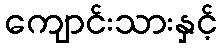
ကျောင်းသားနှင့်